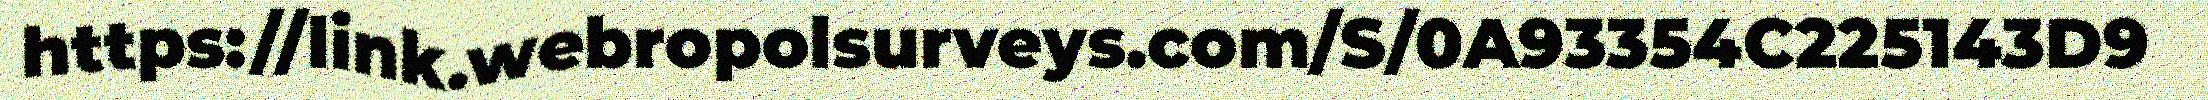
https://link.webropolsurveys.com/S/0A93354C225143D9